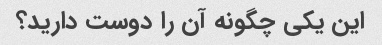
این یکی چگونه آن را دوست دارید؟